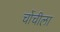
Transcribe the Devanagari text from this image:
चोंचीला